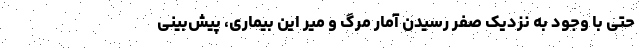
حتی با وجود به نزدیک صفر رسیدن آمار مرگ و میر این بیماری، پیش‌بینی